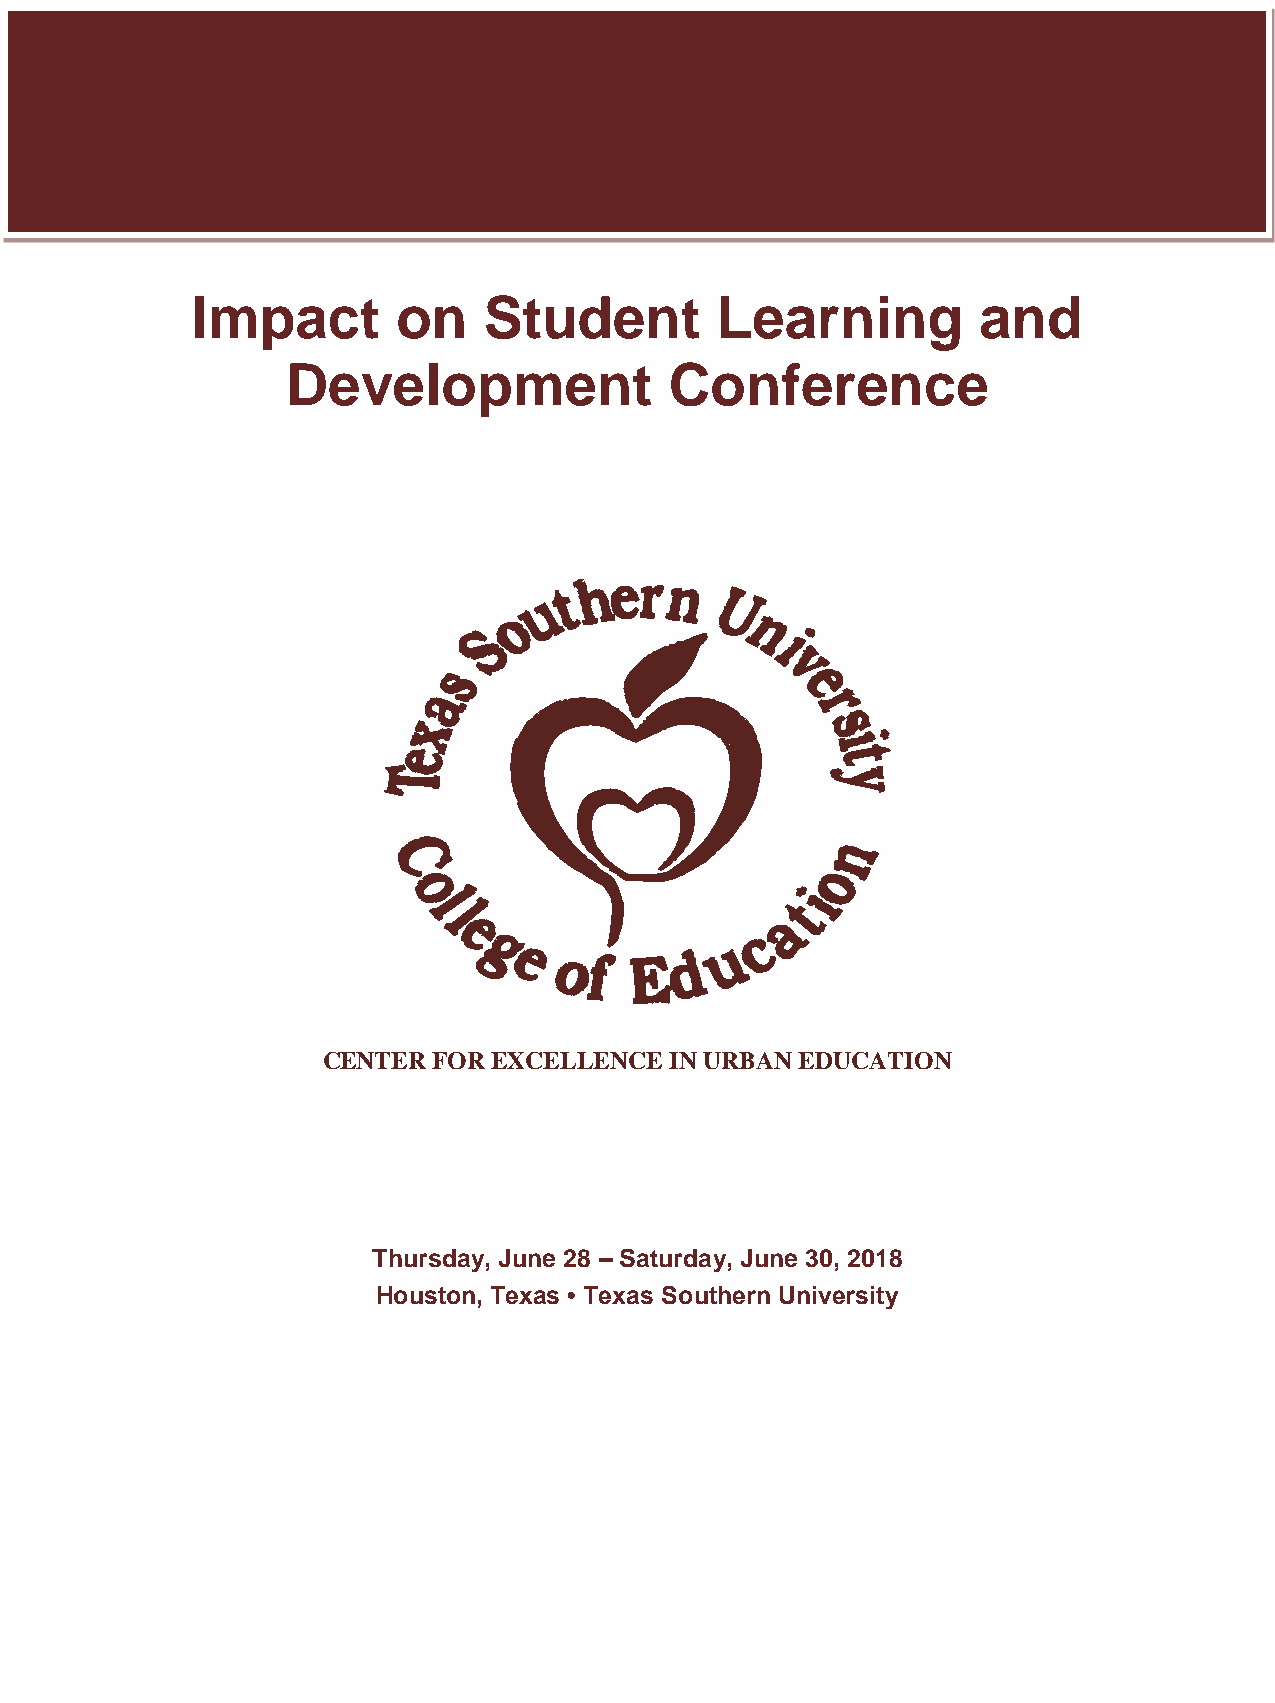
Impact       on    Student        Learning          and
 Development              Conference
 CENTER  FOR EXCELLENCE IN URBAN EDUCATION
 Thursday, June 28 – Saturday, June 30, 2018
 Houston, Texas • Texas Southern University